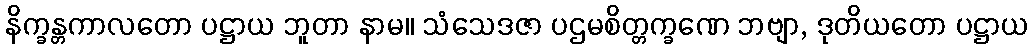
နိက္ခန္တကာလတော ပဋ္ဌာယ ဘူတာ နာမ။ သံသေဒဇာ ပဌမစိတ္တက္ခဏေ ဘဗျာ, ဒုတိယတော ပဋ္ဌာယ